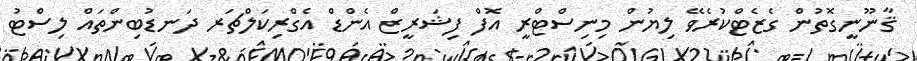
ޤާނޫނީގޮތުން ގެޒެޓްކުރެވޭ ލިޔުން މިނިސްޓްރީ އޮފް ފިޝަރީޒް އެންޑް އެގްރިކަލްޗަރ ދަނޑުބިންތައް ލިސްޓު